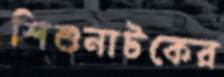
শিশুনাটকের